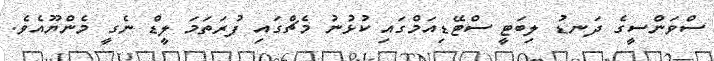
ސްވަންސީގެ ދަނޑު ލިބަޓީ ސްޓޭޑިއަމްގައި ކުޅުނު މެޗްގައި ފުރަތަމަ ލީޑް ނެގީ މެންޔޫއެވެ.